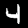
Digit: 4